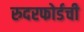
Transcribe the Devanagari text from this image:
रुदरफोर्डची